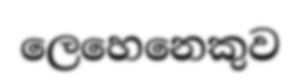
ලෙහෙනෙකුව